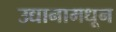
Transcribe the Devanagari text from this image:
उद्यानामधून